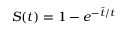
S ( t ) = 1 - e ^ { - \bar { t } / t }